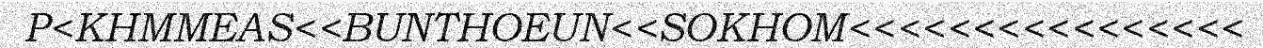
P<KHMMEAS<<BUNTHOEUN<<SOKHOM<<<<<<<<<<<<<<<<